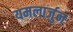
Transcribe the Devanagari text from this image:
यमलार्जुन